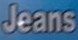
Jeans